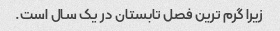
زیرا گرم ترین فصل تابستان در یک سال است.